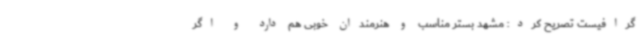
گرافیست تصریح کرد: مشهد بستر مناسب و هنرمندان خوبی هم دارد و اگر